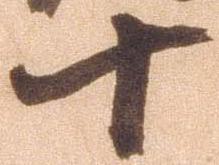
十